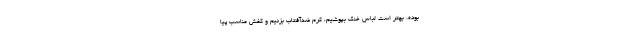
بوده. بهتر است لباس خنک بپوشیم، کرم ضدآفتاب بزنیم و کفش مناسب پیا